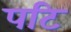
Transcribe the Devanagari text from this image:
पटि